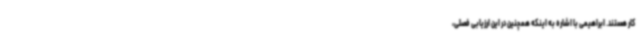
کار هستند. ابراهیمی با اشاره به اینکه همچنین در این ارزیابی فصلی،